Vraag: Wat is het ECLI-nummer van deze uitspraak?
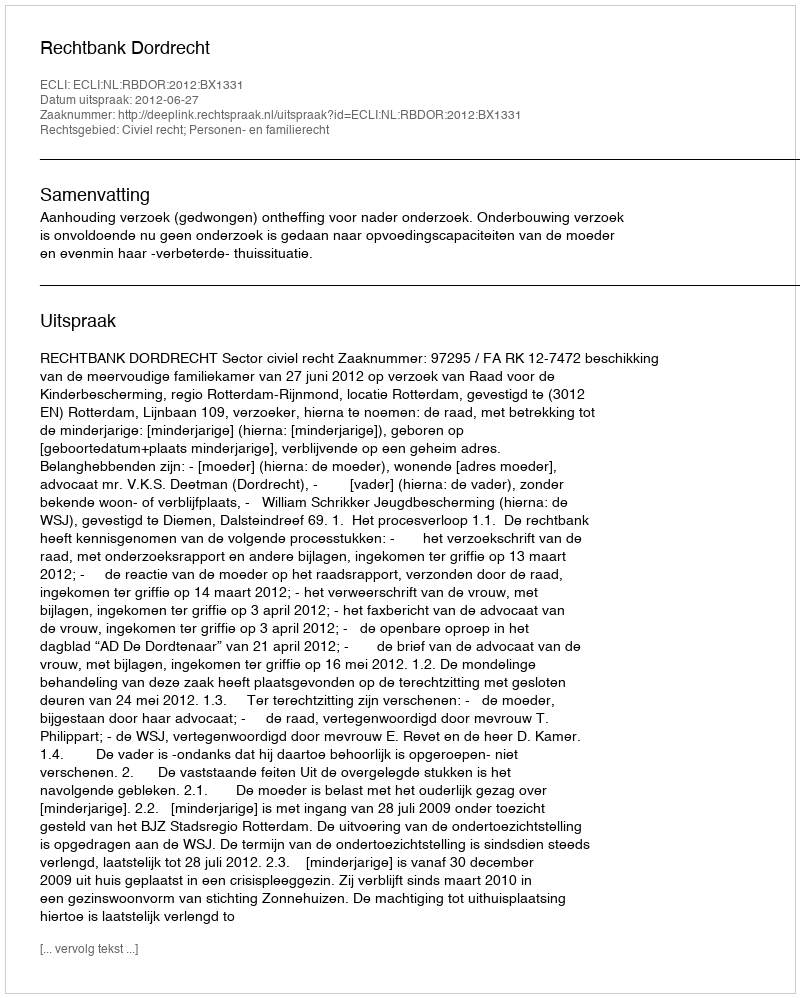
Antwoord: ECLI:NL:RBDOR:2012:BX1331